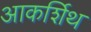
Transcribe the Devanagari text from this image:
आकर्शिथ